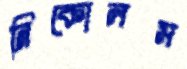
নিকোলস